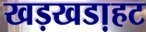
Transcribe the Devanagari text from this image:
खड़खडा़हट